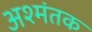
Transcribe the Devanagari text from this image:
अश्मंतक